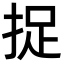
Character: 捉